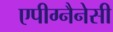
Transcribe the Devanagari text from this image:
एपीग्नैनेसी